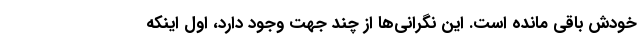
خودش باقی مانده است. این نگرانی‌ها از چند جهت وجود دارد، اول اینکه